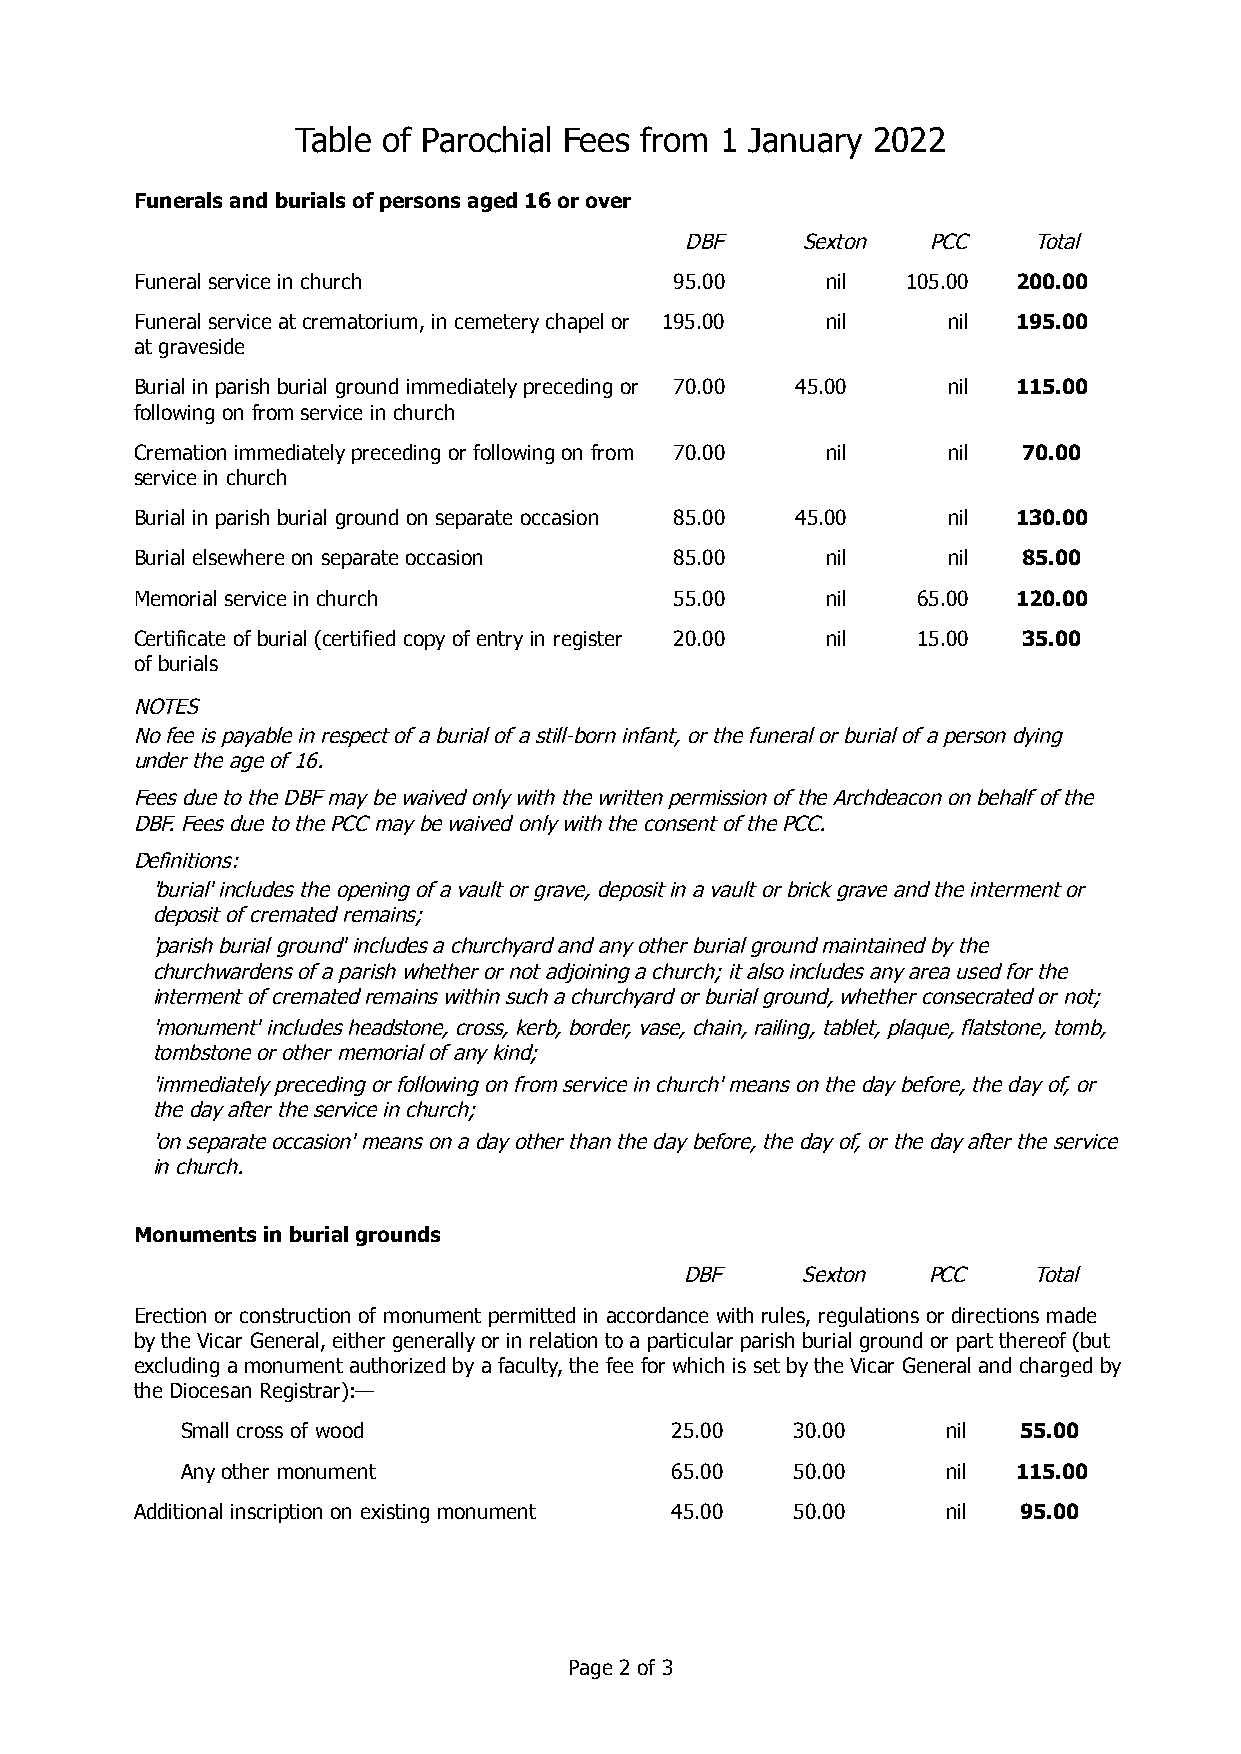
Table of Parochial Fees from 1 January 2022
 Funerals and burials of persons aged 16 or over
 DBF     Sexton   PCC   Total
 Funeral service in church           95.00     nil  105.00 200.00
 Funeral service at crematorium, in cemetery chapel or 195.00 nil nil 195.00
 at graveside
 Burial in parish burial ground immediately preceding or 70.00 45.00 nil 115.00
 following on from service in church
 Cremation immediately preceding or following on from 70.00 nil nil 70.00
 service in church
 Burial in parish burial ground on separate occasion 85.00 45.00 nil 130.00
 Burial elsewhere on separate occasion 85.00   nil     nil  85.00
 Memorial service in church          55.00     nil   65.00 120.00
 Certificate of burial (certified copy of entry in register 20.00 nil 15.00 35.00
 of burials
 NOTES
 No fee is payable in respect of a burial of a still-born infant, or the funeral or burial of a person dying
 under the age of 16.
 Fees due to the DBF may be waived only with the written permission of the Archdeacon on behalf of the
 DBF. Fees due to the PCC may be waived only with the consent of the PCC.
 Definitions:
 'burial' includes the opening of a vault or grave, deposit in a vault or brick grave and the interment or
 deposit of cremated remains;
 'parish burial ground' includes a churchyard and any other burial ground maintained by the
 churchwardens of a parish whether or not adjoining a church; it also includes any area used for the
 interment of cremated remains within such a churchyard or burial ground, whether consecrated or not;
 'monument' includes headstone, cross, kerb, border, vase, chain, railing, tablet, plaque, flatstone, tomb,
 tombstone or other memorial of any kind;
 'immediately preceding or following on from service in church' means on the day before, the day of, or
 the day after the service in church;
 'on separate occasion' means on a day other than the day before, the day of, or the day after the service
 in church.
 Monuments in burial grounds
 DBF     Sexton  PCC    Total
 Erection or construction of monument permitted in accordance with rules, regulations or directions made
 by the Vicar General, either generally or in relation to a particular parish burial ground or part thereof (but
 excluding a monument authorized by a faculty, the fee for which is set by the Vicar General and charged by
 the Diocesan Registrar):—
 Small cross of wood             25.00   30.00      nil 55.00
 Any other monument              65.00   50.00      nil 115.00
 Additional inscription on existing monument 45.00 50.00 nil 95.00
 Page 2 of 3